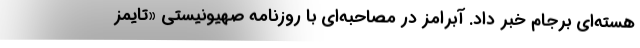
هسته‌ای برجام خبر داد. آبرامز در مصاحبه‌ای با روزنامه صهیونیستی «تایمز